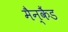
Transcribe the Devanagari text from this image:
मैन्कैंड